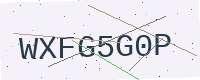
Text: WXFG5G0P